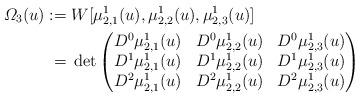
LaTeX: \begin{align*}\varOmega_3(u):={}&W[\mu^1_{2,1}(u),\mu^1_{2,2}(u),\mu^1_{2,3}(u)]\\={}&\det \begin{pmatrix}D^{0}\mu^1_{2,1}(u)&D^{0}\mu^1_{2,2}(u)&D^{0}\mu^1_{2,3}(u) \\D^1\mu^1_{2,1}(u)&D^1\mu^1_{2,2}(u)&D^1\mu^1_{2,3}(u) \\D^2\mu^1_{2,1}(u)&D^2\mu^1_{2,2}(u)&D^2\mu^1_{2,3}(u) \\\end{pmatrix}\end{align*}